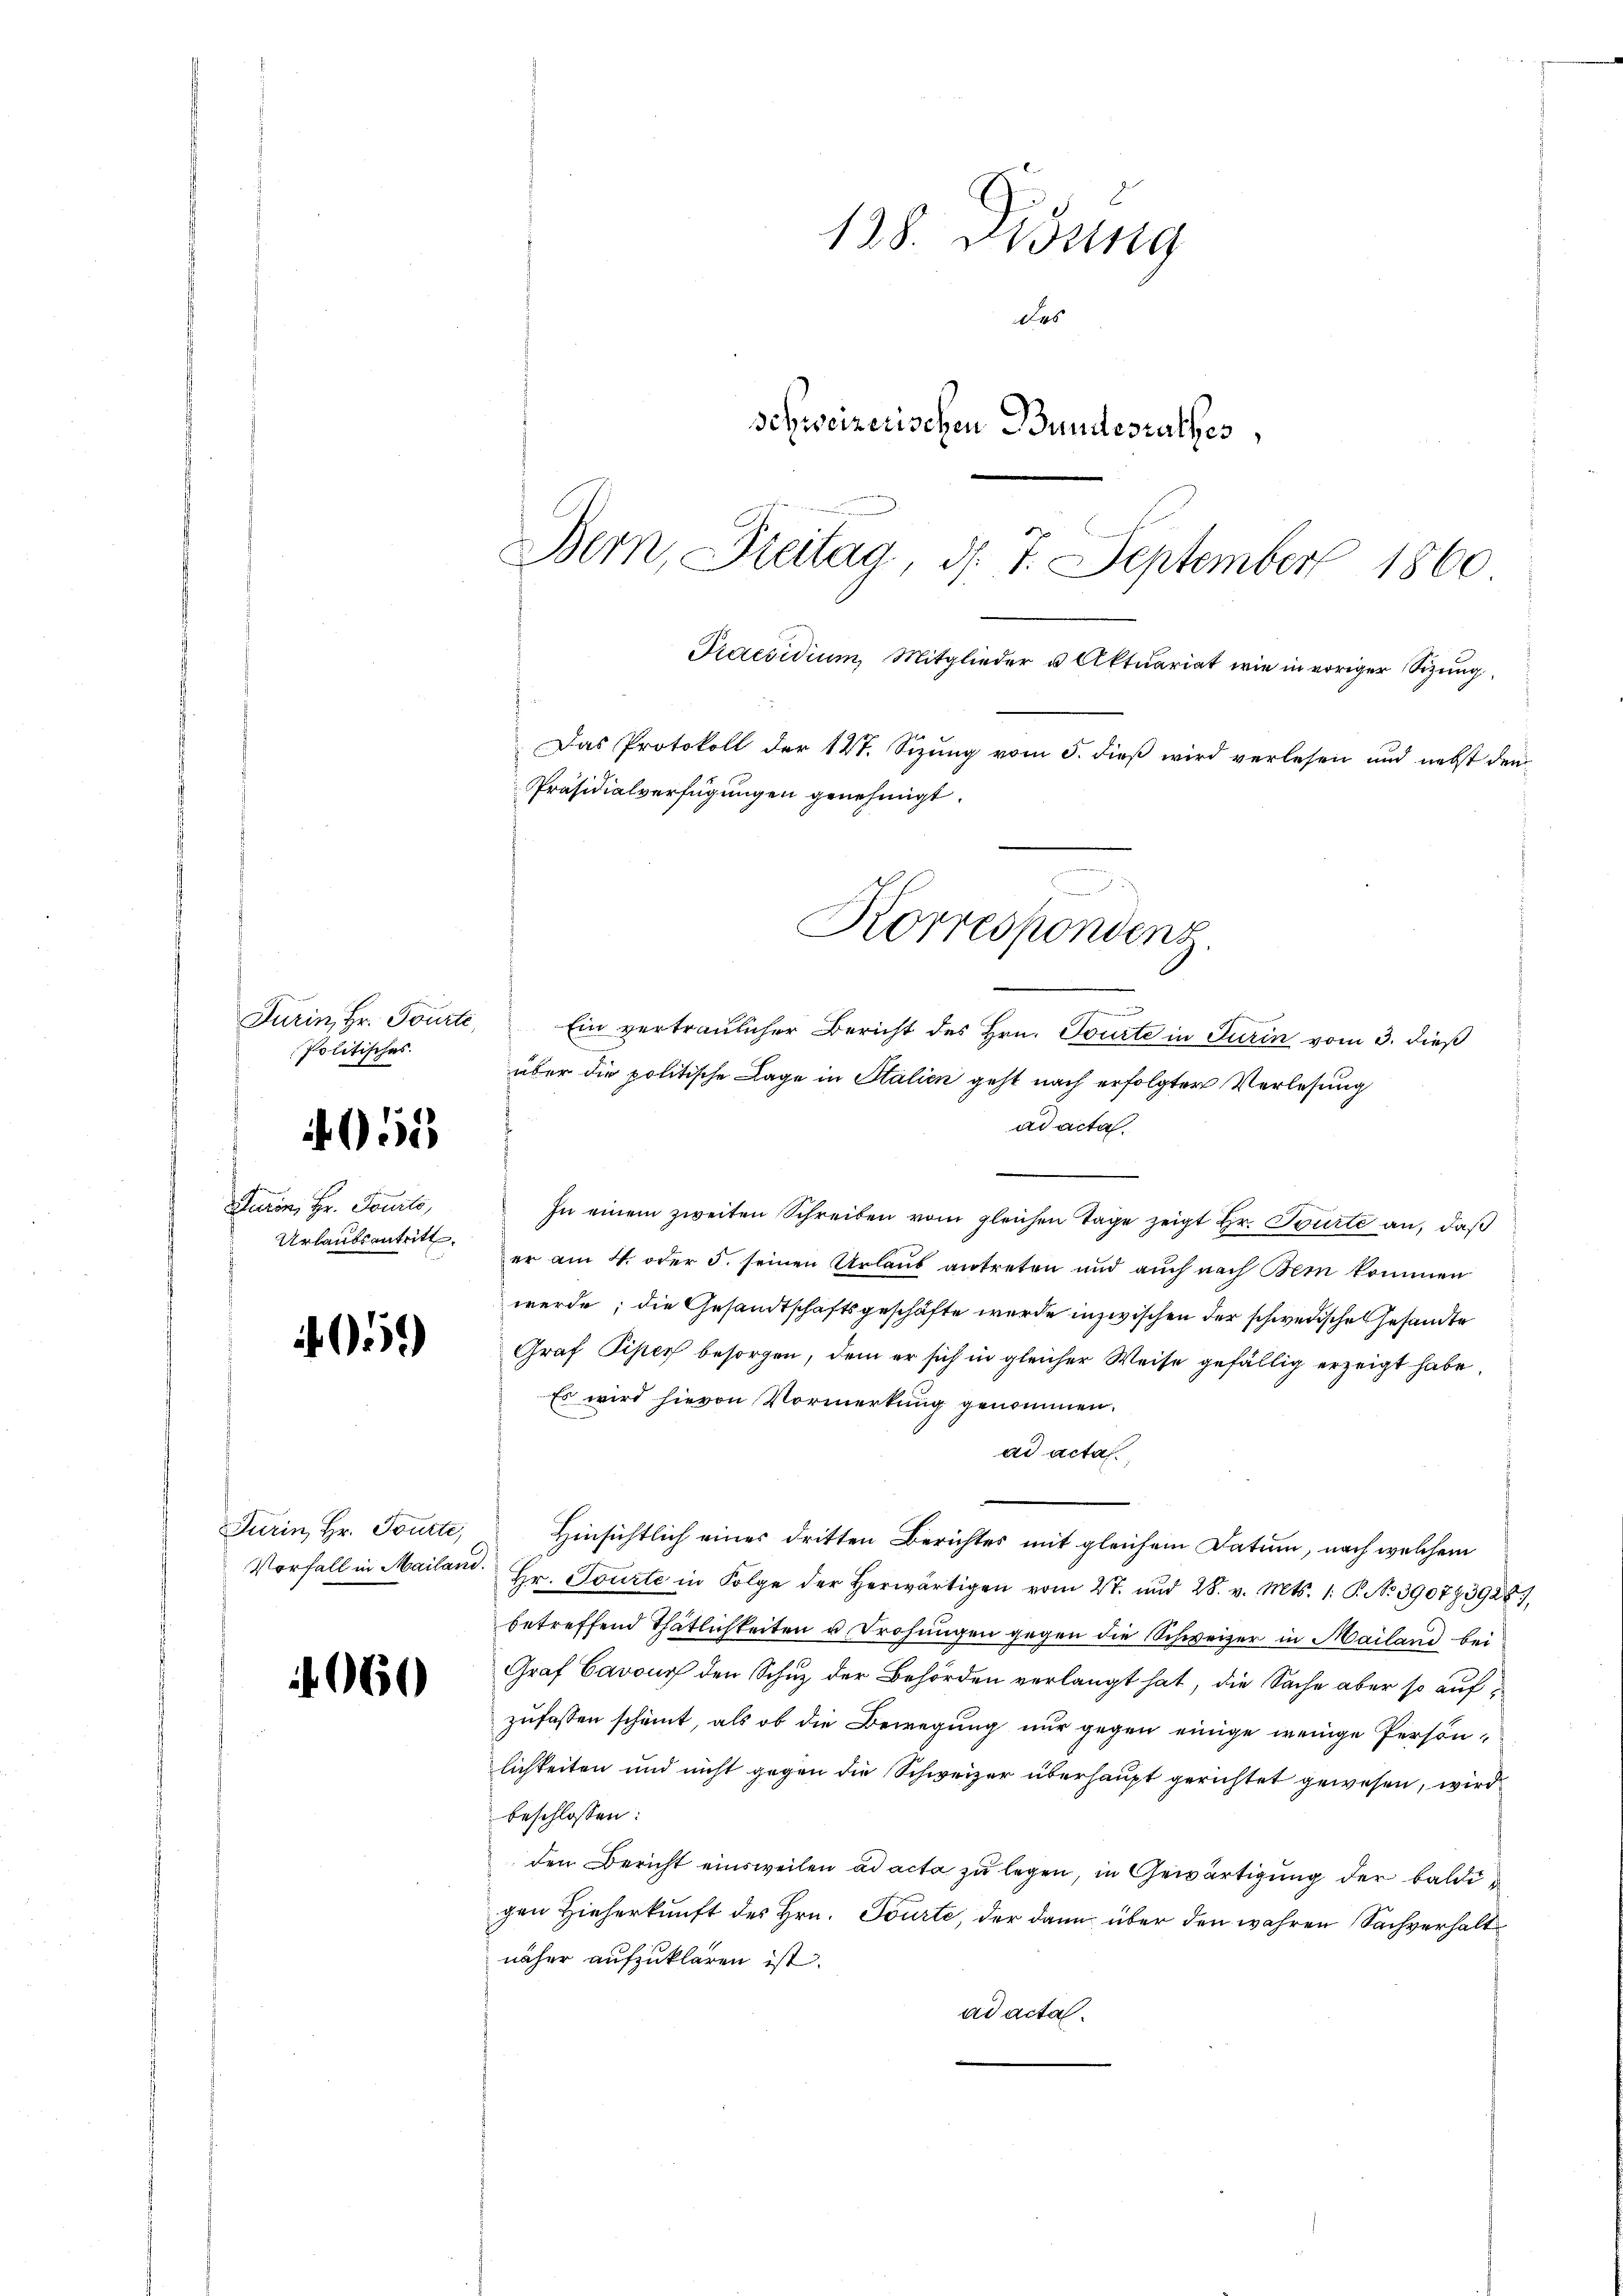
Turin, Hr. Tourte,
Politisches.

5

Turin, Hr. Jourto,
Urlaubsantritt.

1559

Turin, Hr. Tourte,
Vorfall in Mailand

660

Praesidium, Mitglieder u Aktuariat wie in voriger Sizung

138. Didung
das
schweizerischen Bundesrathes,
Bern, Freitag, d. 7. September 1860

Das Protokoll der 127. Sizung vom 5. dieß wird verlesen und nebst den
Präsidialverfügungen genehmigt.

Ein vertraulicher Bericht des Hrn. Tourte in Turin vom 3. dieß
über die politische Lage in Stalien geht nach erfolgter Verlesung
ad acta.
In einem zweiten Schreiben vom gleichen Tage zeigt Hr. Tourte an, daß
er am 4. oder 5. seinen Urlaub antreten und auch nach Bei kommen
werde; die Gesandtschaftsgeschäfte wurde inzwischen der schwedische Gesandte
Graf Piper besorgen, dem er sich in gleicher Weise gefällig erzeigt habe.
Es wird hievon Vormerkung genommen.
ad acta.
Hinsichtlich einer dritten Berichtes mit gleichem Datum, nach welchem
Hr. Tourte in Folge der herwärtigen vom 2t. und 28. v. Mts. 1. P. No. 390723928),
betreffend Thätlichkeiten u. Drohungen gegen die Schweizer in Mailand bei
Graf Cavour den Schuz der Behörden verlangt hat, die Sache aber so aufzufassen scheint, als ob die Bewegung nur gegen einige wenige Persönlichkeiten und nicht gegen die Schweizer überhaupt gerichtet gewesen, wird
beschlossen:
den Bericht einsweilen ad acta zu legen, in Gewärtigung der baldigen Hieherkunft des Hrn. Tourte, der dann über den wahren Sachverhalt
näher aufzuklären ist.
ad actal.

Korrespondenz.